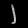
Digit: ၂